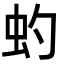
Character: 虳